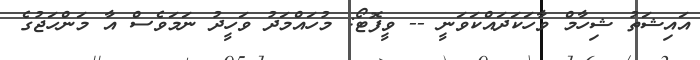
އައިޝަތު ޝިހާމް ވާހަކަދައްކަވަނީ -- ވީފޮޓޯ: މުހައްމަދު ވަހީދު ނަމަވެސް އާ މަންހަޖުގެ